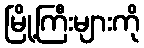
မြို့ကြီးများကို